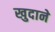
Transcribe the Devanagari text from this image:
खुदाने